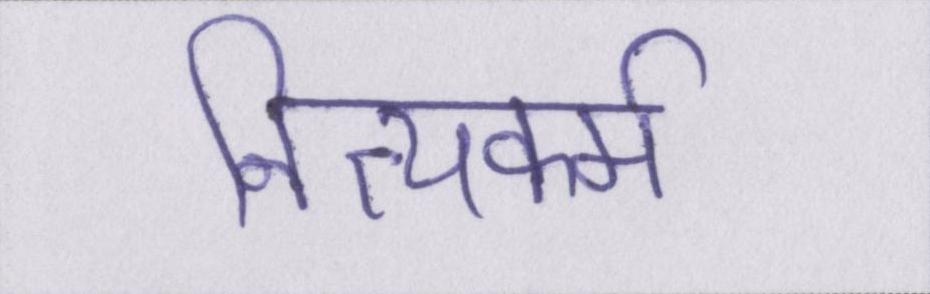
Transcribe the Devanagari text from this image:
नित्यकर्म